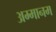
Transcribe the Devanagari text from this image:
अम्मानम